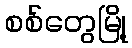
စစ်တွေမြို့